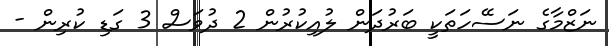
ނަޒްމާގެ ނަސޭހަތަކީ ބަރުދަން ލުއިކުރުން 2 ދުވަސް 3 ގަޑި ކުރިން -